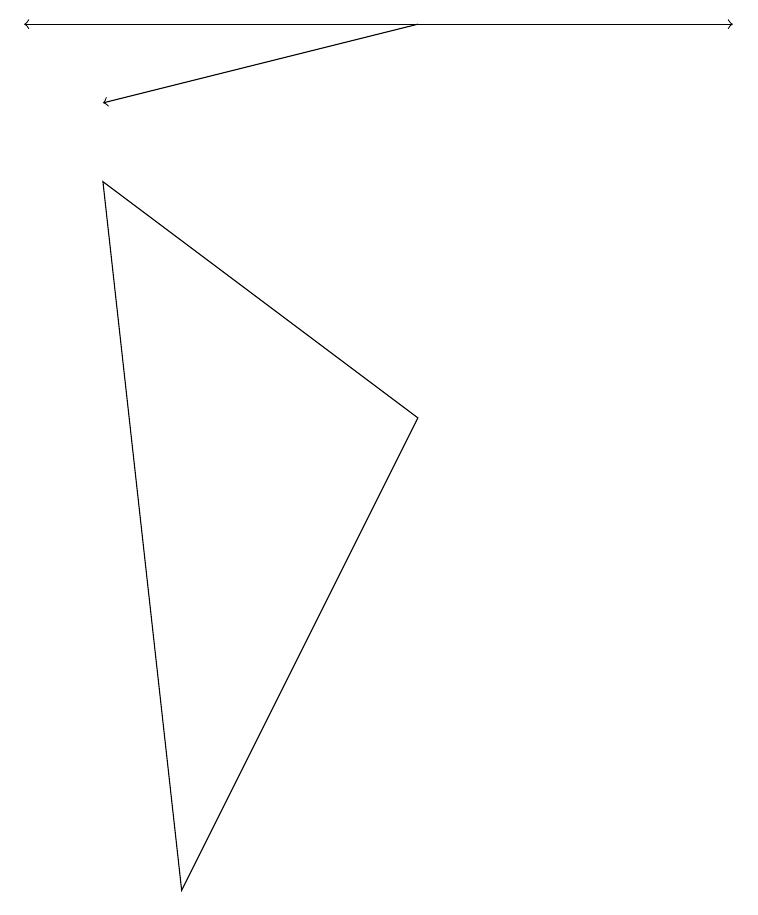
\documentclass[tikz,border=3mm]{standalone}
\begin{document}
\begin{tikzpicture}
\draw[->] (1,11) -- (9,11);
\draw (5,6) -- (2,0) -- (1,9) -- cycle;
\draw[->] (5,11) -- (0,11);
\draw[->] (5,11) -- (1,10);
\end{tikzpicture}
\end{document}